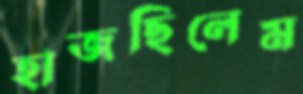
হাজছিলেম